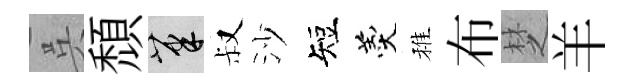
呉頹筆叔沙短羹稚布椘羊